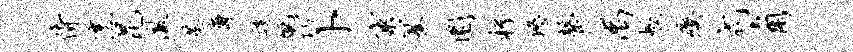
侍烹昆澈蒸斋逶蹴巧卜窠纂圜桴悠罄禹蛟瘼式角